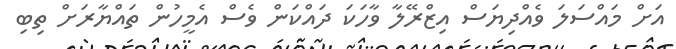
އަށް މައްސަލަ ވެއްދިޔަސް އިޒްރޭލާ ވާހަކަ ދައްކަން ވެސް އެމީހުން ތައްޔާރަށް ތިބި